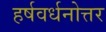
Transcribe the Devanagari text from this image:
हर्षवर्धनोत्तर